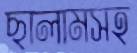
ছালামসহ